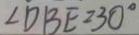
\angle D B E = 3 0 ^ { \circ }